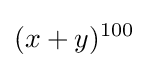
(x+y)^{100}